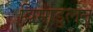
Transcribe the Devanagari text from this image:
विमाडुलन